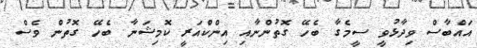
އައްބާސް ވިދާޅުވީ ސީމެގާ ބެހޭ ގޮތުންނާއި އިންކްއަރީ ކޮމިޝަނާ ބެހޭ ގޮތުން ވެސް